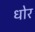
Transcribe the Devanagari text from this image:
धोर